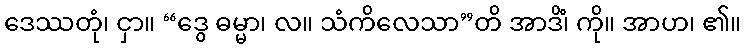
ဒေဿတုံ၊ ငှာ။ “ဒွေ ဓမ္မာ၊ လ။ သံကိလေသာ”တိ အာဒိံ၊ ကို။ အာဟ၊ ၏။